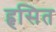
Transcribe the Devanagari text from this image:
हृसित